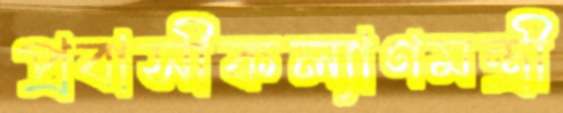
প্রবাসীকল্যাণমন্ত্রী